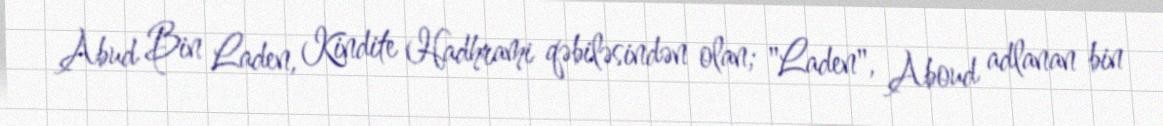
Abud Bin Laden, Kindite Hadhrami qəbiləsindən olan; "Laden", Aboud adlanan bin